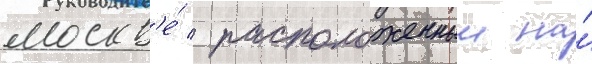
москв'е́ / расположенныи на́